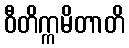
ဝီတိက္ကမိတာတိ